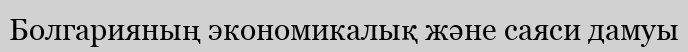
Болгарияның экономикалық және саяси дамуы